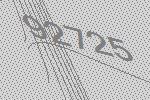
92725